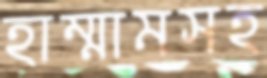
হাম্মামসহ